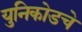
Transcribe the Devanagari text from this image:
युनिकोडचे